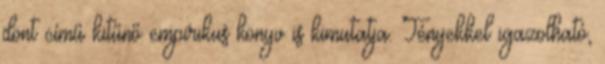
dönt című kitűnő empirikus könyv is kimutatja. Tényekkel igazolható,